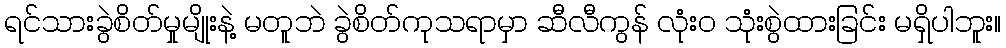
ရင်သားခွဲစိတ်မှုမျိုးနဲ့ မတူဘဲ ခွဲစိတ်ကုသရာမှာ ဆီလီကွန် လုံးဝ သုံးစွဲထားခြင်း မရှိပါဘူး။